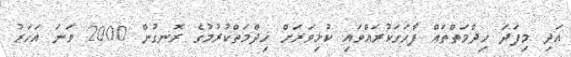
އަދި މިފަދަ ޚިދްމަތްތައް ފާހަގަކުރައްވައި ކުޅިވަރަށް ޚިދްމަތްކުރުމުގެ ރޮނގުން 2000 ވަނަ އަހަރު